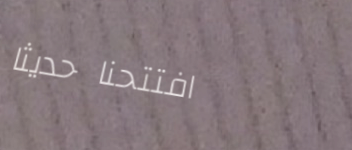
افتتحنا حديثاً